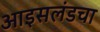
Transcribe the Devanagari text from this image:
आइसलंडचा